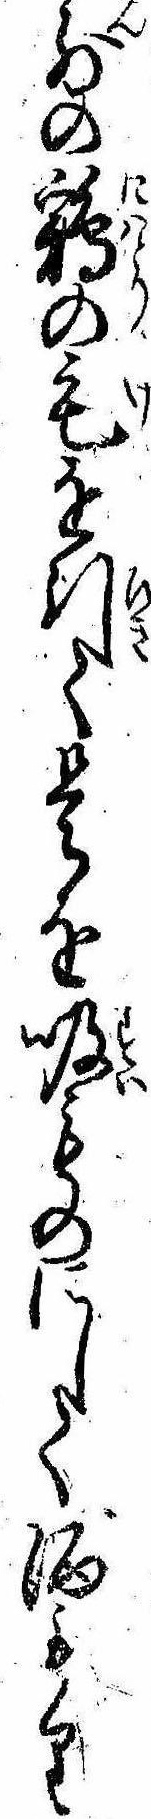
前の鶏の毛を引て是を吸ものにして酒もり